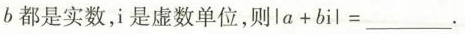
b都是实数，i是虚数单位，则$$l a + b i l =$$___.